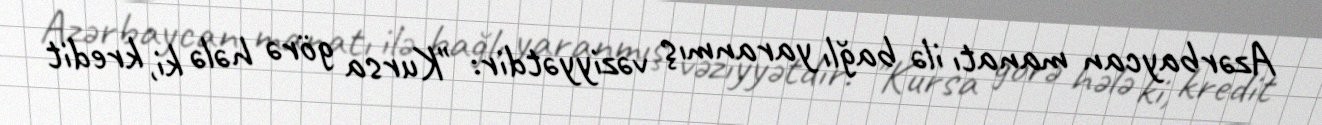
Azərbaycan manatı ilə bağlı yaranmış vəziyyətdir: "Kursa görə hələ ki, kredit